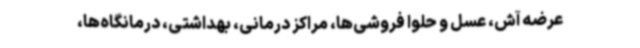
عرضه آش، عسل و حلوا فروشی‌ها، مراکز درمانی، بهداشتی، درمانگاه‌ها،